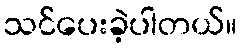
သင်ပေးခဲ့ပါတယ်။